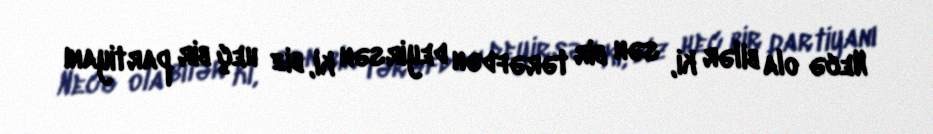
Necə ola bilər ki, sən bir tərəfdən deyirsən ki, biz heç bir partiyanı